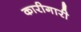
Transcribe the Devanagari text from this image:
कारीगारी